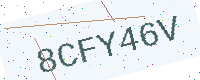
Text: 8CFY46V